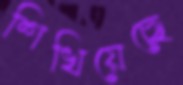
শিখিয়েছে